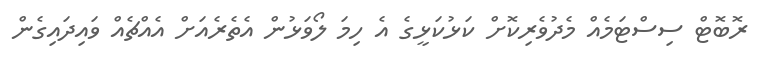
ރޮބޮޓް ސިސްޓަމެއް މެދުވެރިކޮށް ކަޅުކަޅީގެ އެ ހިމަ ލޯވަޅުން އެތެރެއަށް އެއްޗެއް ވައިދައިގެން